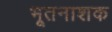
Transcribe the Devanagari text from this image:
भूतनाशक